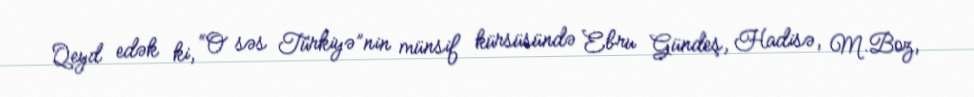
Qeyd edək ki, “O səs Türkiyə”nin münsif kürsüsündə Ebru Gündeş, Hadisə, M.Boz,